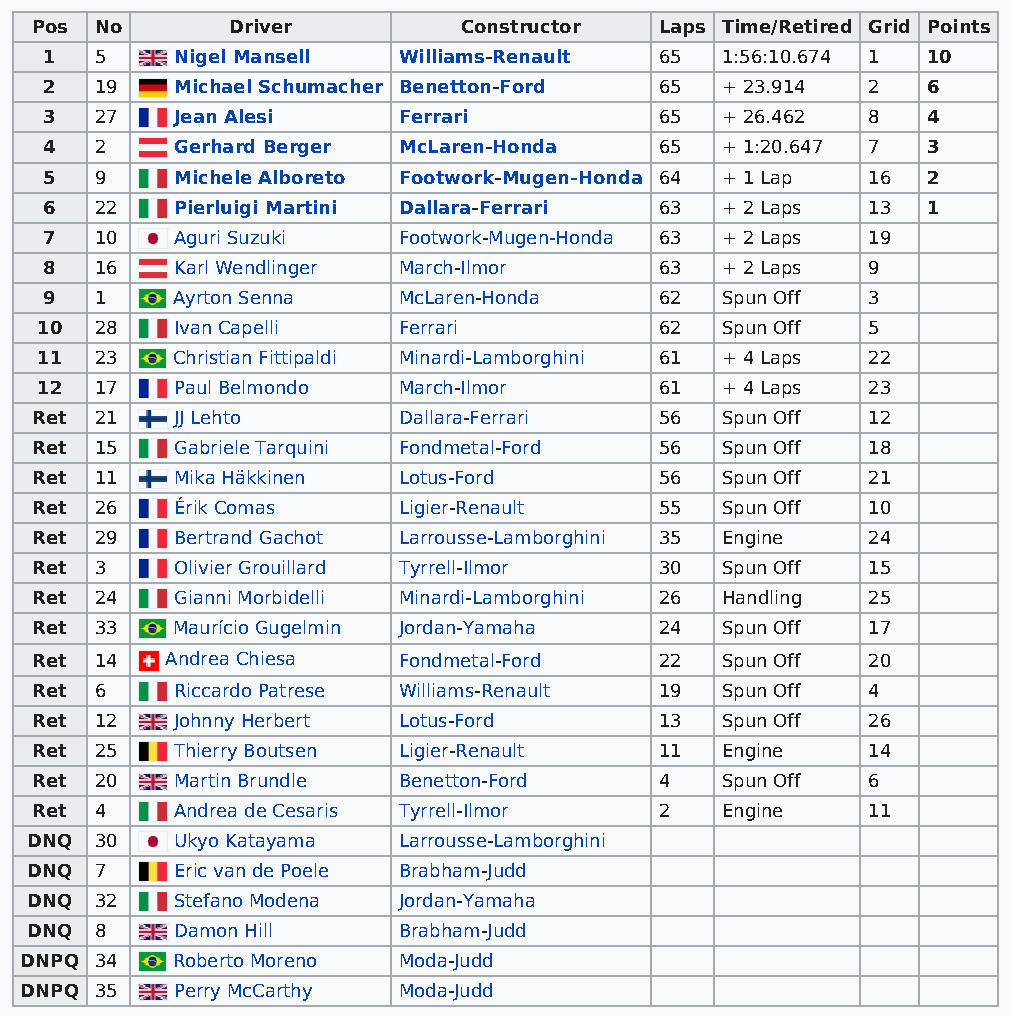
Pos No       Driver         Constructor   Laps Time/Retired Grid Points
 1  5    Nigel Mansell  Williams-Renault  65  1:56:10.674 1 10
 2  19   Michael Schumacher Benetton-Ford 65  + 23.914 2   6
 3  27   Jean Alesi     Ferrari           65  + 26.462 8   4
 4  2    Gerhard Berger McLaren-Honda     65  + 1:20.647 7 3
 5  9    Michele Alboreto Footwork-Mugen-Honda 64 + 1 Lap 16 2
 6  22   Pierluigi Martini Dallara-Ferrari 63 + 2 Laps 13  1
 7  10   Aguri Suzuki   Footwork-Mugen-Honda 63 + 2 Laps 19
 8  16   Karl Wendlinger March-Ilmor      63  + 2 Laps 9
 9  1    Ayrton Senna   McLaren-Honda     62  Spun Off 3
 10  28   Ivan Capelli   Ferrari           62  Spun Off 5
 11  23   Christian Fittipaldi Minardi-Lamborghini 61 + 4 Laps 22
 12  17   Paul Belmondo  March-Ilmor       61  + 4 Laps 23
 Ret 21   JJ Lehto       Dallara-Ferrari   56  Spun Off 12
 Ret 15   Gabriele Tarquini Fondmetal-Ford 56  Spun Off 18
 Ret 11   Mika Häkkinen  Lotus-Ford        56  Spun Off 21
 Ret 26   Érik Comas     Ligier-Renault    55  Spun Off 10
 Ret 29   Bertrand Gachot Larrousse-Lamborghini 35 Engine 24
 Ret 3    Olivier Grouillard Tyrrell-Ilmor 30  Spun Off 15
 Ret 24   Gianni Morbidelli Minardi-Lamborghini 26 Handling 25
 Ret 33   Maurício Gugelmin Jordan-Yamaha  24  Spun Off 17
 Ret 14   Andrea Chiesa  Fondmetal-Ford    22  Spun Off 20
 Ret 6    Riccardo Patrese Williams-Renault 19 Spun Off 4
 Ret 12   Johnny Herbert Lotus-Ford        13  Spun Off 26
 Ret 25   Thierry Boutsen Ligier-Renault   11  Engine   14
 Ret 20   Martin Brundle Benetton-Ford     4   Spun Off 6
 Ret 4    Andrea de Cesaris Tyrrell-Ilmor  2   Engine   11
 DNQ 30   Ukyo Katayama  Larrousse-Lamborghini
 DNQ 7    Eric van de Poele Brabham-Judd
 DNQ 32   Stefano Modena Jordan-Yamaha
 DNQ 8    Damon Hill     Brabham-Judd
 DNPQ 34   Roberto Moreno Moda-Judd
 DNPQ 35   Perry McCarthy Moda-Judd